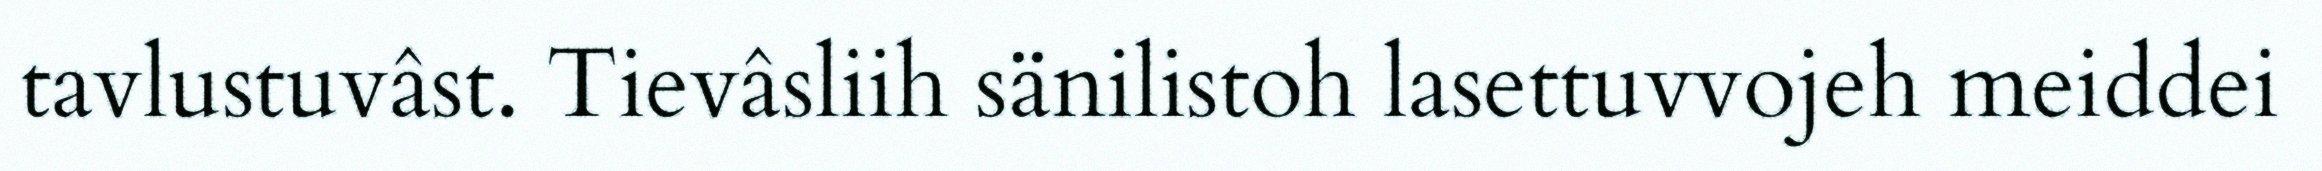
tavlustuvâst. Tievâsliih sänilistoh lasettuvvojeh meiddei